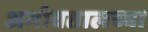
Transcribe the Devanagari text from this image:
अभोवतालच्या